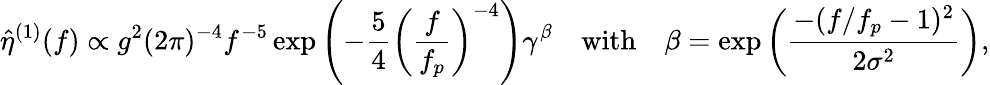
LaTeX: \hat{\eta}^{(1)}(f)\propto g^{2}(2\pi)^{-4}f^{-5}\exp\left(-\frac{5}{4}\left(\frac{f}{f_{p}}\right)^{-4}\right)\gamma^{\beta}\quad\textrm{with}\quad\beta=\exp\left(\frac{-(f/f_{p}-1)^{2}}{2\sigma^{2}}\right),